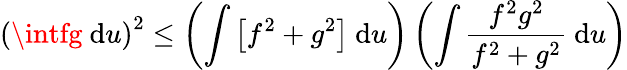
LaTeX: \left(\intfg~\mathrm{d}u\right)^{2}\leq\left(\int\left[f^{2}+g^{2}\right]~\mathrm{d}u\right)\left(\int\frac{{f^{2}g^{2}}}{{f^{2}+g^{2}}}~\mathrm{d}u\right)